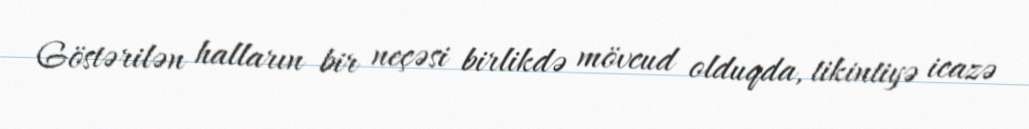
Göstərilən halların bir neçəsi birlikdə mövcud olduqda, tikintiyə icazə